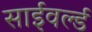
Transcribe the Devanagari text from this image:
साईवर्ल्ड